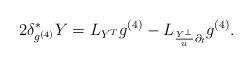
LaTeX: \begin{align*}2\delta^*_{g^{(4)}}Y=L_{Y^T}g^{(4)}-L_{\frac{Y^{\perp}}{u}\partial_t}g^{(4)}.\end{align*}